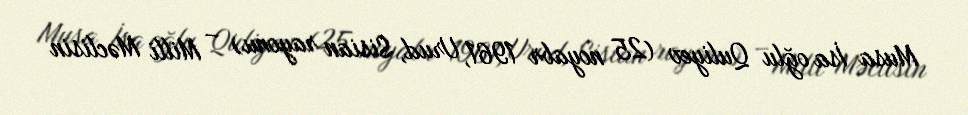
Musa İsa oğlu Quliyev (25 noyabr 1961, Urud, Sisian rayonu) – Milli Məclisin